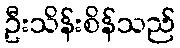
ဦးသိန်းစိန်သည်